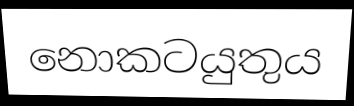
නොකටයුතුය